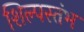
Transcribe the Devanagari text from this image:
शिल्पस्तंभ